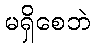
မရှိစေဘဲ